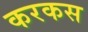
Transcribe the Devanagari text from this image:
करकस